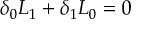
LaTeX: \delta _ { 0 } { \cal L } _ { 1 } + \delta _ { 1 } { \cal L } _ { 0 } = 0